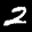
Label: 2